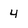
Character: 4